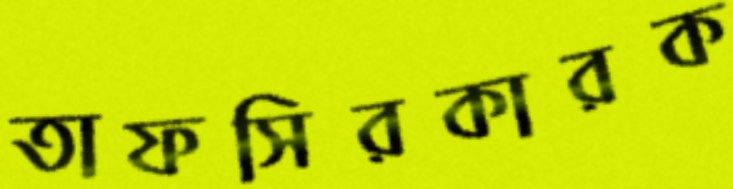
তাফসিরকারক